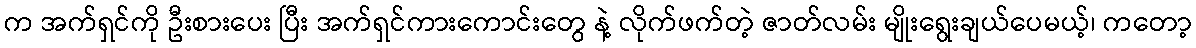
က အက်ရှင်ကို ဦးစားပေး ပြီး အက်ရှင်ကားကောင်းတွေ နဲ့ လိုက်ဖက်တဲ့ ဇာတ်လမ်း မျိုးရွေးချယ်ပေမယ့်၊ ကတော့